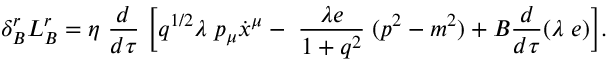
\delta _ { B } ^ { r } L _ { B } ^ { r } = \eta \; \frac { d } { d \tau } \; \Bigl [ q ^ { 1 / 2 } \lambda \; p _ { \mu } \dot { x } ^ { \mu } - \; \frac { \lambda e } { 1 + q ^ { 2 } } \; ( p ^ { 2 } - m ^ { 2 } ) + { \cal B } \frac { d } { d \tau } ( \lambda \; e ) \Bigr ] .